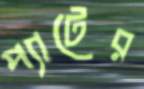
প্যাটের